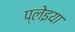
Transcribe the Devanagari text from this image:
प्लेइया